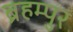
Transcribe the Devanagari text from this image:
ब्रहम्पुर